Annual report on the lock hospitals of the Madras Presidency
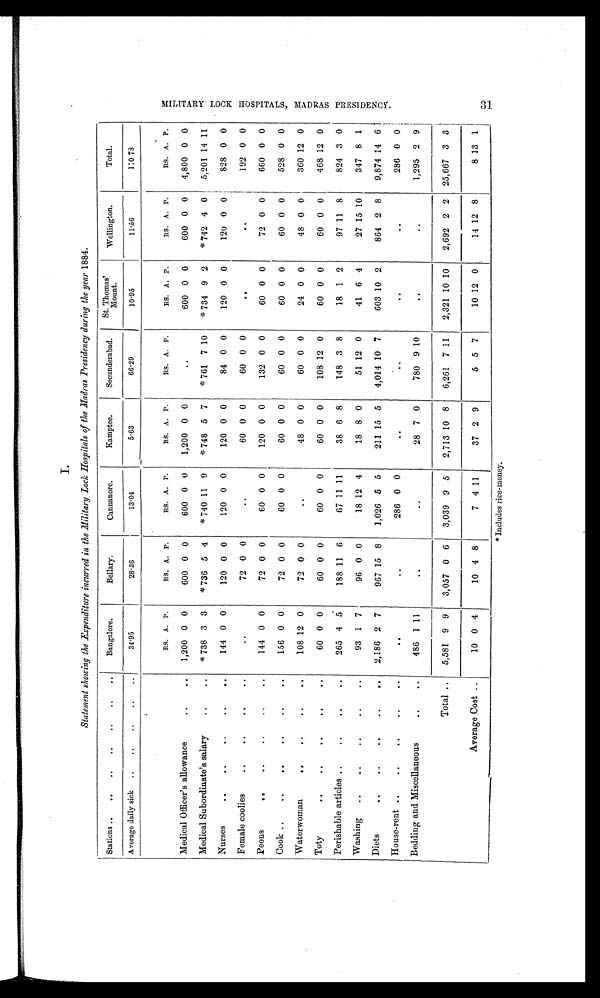
I.
Statement showing the Expenditure incurred in the Military Lock Hospitals of the Madras Presidency during the year 1884.
Stations ..
..
..
..
..
..
..
Bangalore.
Bellary.
Cannanore.
Kamptee.
Secunderabad.
St. Thomas'
Mount.
Wellington.
Total.
Average daily sick ..
..
..
..
..
34·95
28·36
13·04
5·63
66·29
10·95
11·56
170 73
RS. A. P.
RS. A. P.
RS. A. P.
RS. A. P.
RS. A. P.
RS. A. P.
RS. A. P.
RS. A. P.
Medical Officer's allowance
..
..
1,200 0 0
600 0 0
600 0 0
1,200 0 0
.. . . . .
600 0 0
600 0 0
4,800 0 0
Medical Subordinate's salary
..
..
*738 3 3
*736 5 4
*740 11 9
*748 5 7
*761 7 10
* 7 3 4 9 2
*742 4 0
5,201 14 11
Nurses
..
..
..
..
. .
144 0 0
120 0 0
120 0 0
120 0 0
84 0 0
120 0 0
120 0 0
828 0 0
Female coolies
..
..
..
..
. . . . . .
72 0 0
. . . .
. .
60 0 0
60 0 0
. . . . . .
. . . . . .
192 0 0
Peons
144 0 0
72 0 0
60 0 0
120 0 0
132 0 0
60 0 0
72 0 0
660 0 0
Cook ..
..
..
..
..
..
156 0 0
72 0 0
60 0 0
60 0 0
60 0 0
60 0 0
60 0 0
528 0 0
Waterwoman
108 12 0
72 0 0
.. . . . .
48 0 0
60 0 0
24 0 0
48 0 0
360 12 0
Toty
..
..
..
..
. .
60 0 0
60 0 0
60 0 0
60 0 0
108 12 0
60 0 0
60 0 0
468 12 0
Perishable articles ..
..
..
..
265 4 5
188 11 6
67 11 11
38 6 8
148 3 8
18 1 2
97 11 8
824 3 0
Washing
..
..
..
..
..
93 1 7
96 0 0
18 12 4
18 8 0
51 12 0
41 6 4
27 15 10
347 8 1
Diets
..
..
..
..
..
2,186 2 7
967 15 8
1,026 5 5
211 15 5
4,014 10 7
603 10 2
864 2 8
9,874 14 6
House-rent ..
..
..
..
.
. . . . . .
. . . . . .
286 0 0
. . . . . .
..
. . . .
. . . . . .
. . . . . .
286 0 0
Bedding and Miscellaneous
..
. .
486 1 11
. .
. . . .
. . . . . .
28 7 0
780 9 10
. . . . . .
. . . . . . 1,295 2 9
Total ..
5,581 9 9
3,057 0 6
3,039 9 5
2,713 10 8
6,261 7 11
2,321 10 10
2,692 2 2 25,667 3 3
Average Cost ..
10 0 4
10 4 8
7 4 11
37 2 9
5 5 7
10 12 0
14 12 8
8 13
1
M I L I T A R Y L O C K H O S P I T A L S , M A D R A S P R E S I D E N Y .
31
* Includes rice-money.